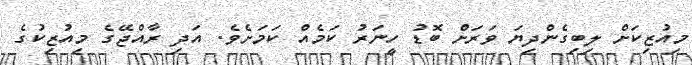
މިއުޒިކަށް ލިބިގެންދިޔަ ވަރަށް ބޮޑު ހީނަރު ކަމެއް ކަމަށެެވެ. އަދި ރާއްޖޭގެ މިއުޒިކުގެ